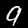
Digit: 9